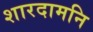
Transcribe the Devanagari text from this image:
शारदामनि